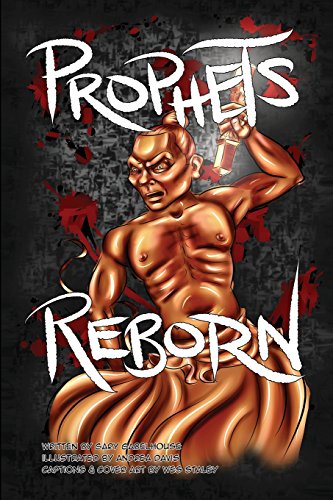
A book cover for PROPHETS REBORN: A Gabe Turpin Graphic Novel; Gary Gabelhouse; Comics & Graphic Novels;